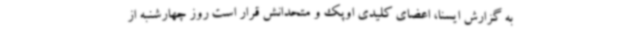
به گزارش ایسنا، اعضای کلیدی اوپک و متحدانش قرار است روز چهارشنبه از